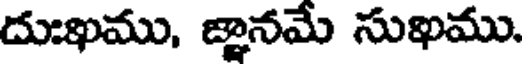
దుఃఖము, జ్ఞానమే సుఖము.